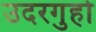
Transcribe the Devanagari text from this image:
उदरगुहो